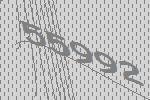
55992